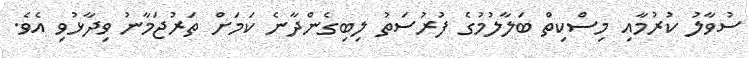
ސުވާލު ކުރުމާއި މިސްކިތް ބަލާލުމުގެ ފުރުސަތު ލިބިގެންދާނެ ކަމަށް ތަރުޖަމާނު ވިދާޅުވި އެވެ.